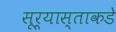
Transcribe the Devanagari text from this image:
सूर्यास्ताकडे